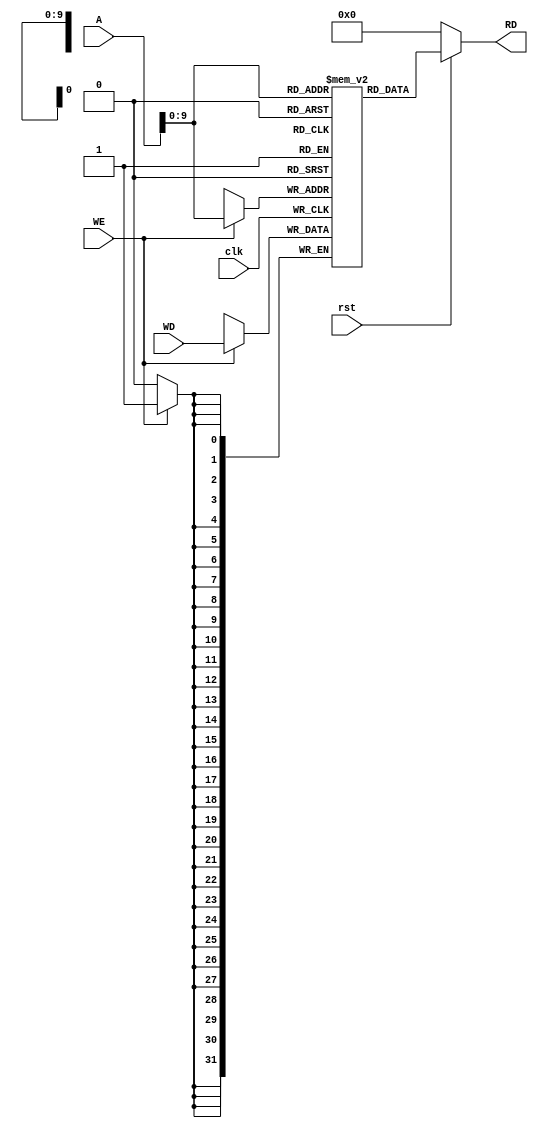
`timescale 1ns / 1ps
//////////////////////////////////////////////////////////////////////////////////
// Company: 
// Engineer: 
// 
// Design Name: 
// Module Name: Data_Memory
// Project Name: 
// Target Devices: 
// Tool Versions: 
// Description: 
// 
// Dependencies: 
// 
// Revision:
// Revision 0.01 - File Created
// Additional Comments:
// 
//////////////////////////////////////////////////////////////////////////////////


module Data_Memory(clk,rst,WE,WD,A,RD);
    input clk,rst,WE;
    input [31:0]A,WD;
    output [31:0]RD;

    reg [31:0] mem [1023:0];

    always @ (posedge clk)
    begin
        if(WE)
            mem[A] <= WD;
    end

    assign RD = (~rst) ? 32'd0 : mem[A];

    initial begin
        mem[0] = 32'h00000000;
        //mem[40] = 32'h00000002;
    end

endmodule